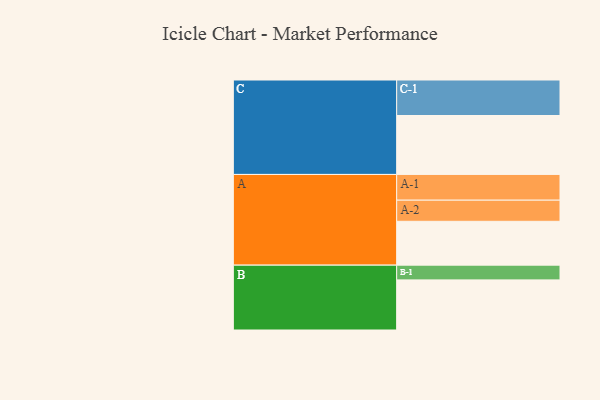
{"axis": {"x": "Segment", "y": "Value"}, "legend": ["", "A", "B", "C"], "data": [{"x": "A", "y": 363, "type": ""}, {"x": "B", "y": 415, "type": ""}, {"x": "C", "y": 488, "type": ""}, {"x": "A-1", "y": 213, "type": "A"}, {"x": "A-2", "y": 175, "type": "A"}, {"x": "B-1", "y": 122, "type": "B"}, {"x": "C-1", "y": 294, "type": "C"}]}